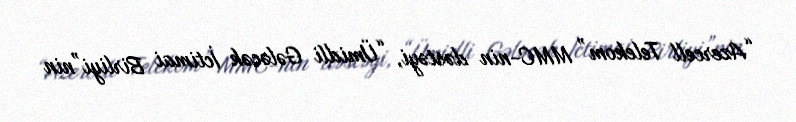
“Azercell Telekom” MMC-nin dəstəyi, “Ümidli Gələcək İctimai Birliyi”nin